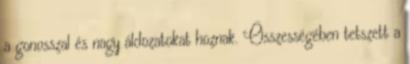
a gonosszal és nagy áldozatokat hoznak. Összességében tetszett a